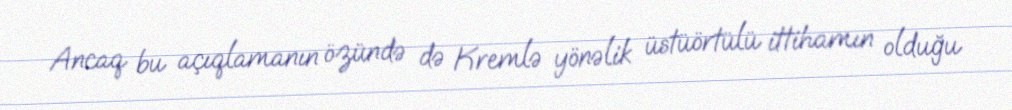
Ancaq bu açıqlamanın özündə də Kremlə yönəlik üstüörtülü ittihamın olduğu